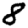
Digit: 8